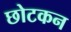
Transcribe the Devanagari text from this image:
छोटकन